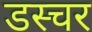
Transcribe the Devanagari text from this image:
डस्चर